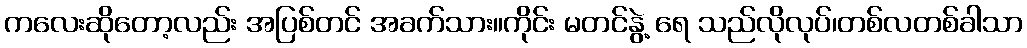
ကလေးဆိုတော့လည်း အပြစ်တင် အခက်သား။ကိုင်း မတင်နွဲ့ ရေ သည်လိုလုပ်၊တစ်လတစ်ခါသာ